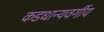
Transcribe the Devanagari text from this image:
कडधान्यवर्गीय